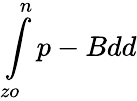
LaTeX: \int\limits_{zo}^{n}p-Bdd